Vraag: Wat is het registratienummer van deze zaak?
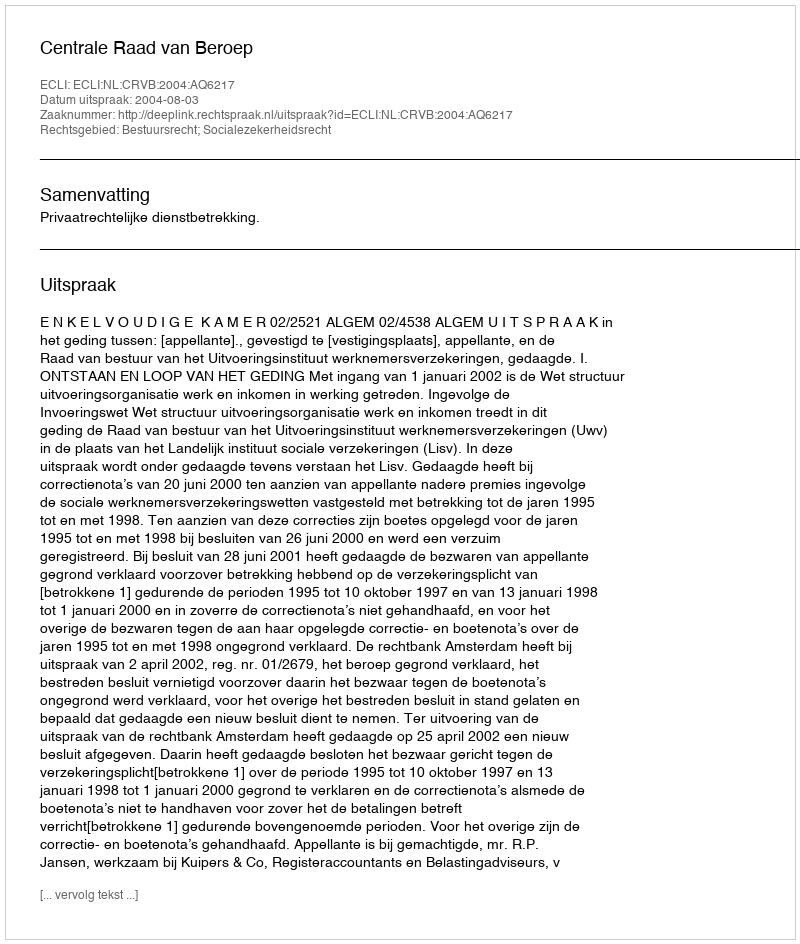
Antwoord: http://deeplink.rechtspraak.nl/uitspraak?id=ECLI:NL:CRVB:2004:AQ6217